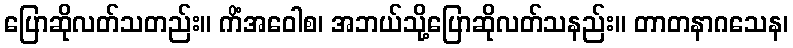
ပြောဆိုလတ်သတည်း။ ကိံအဝေါစ၊ အဘယ်သို့ပြောဆိုလတ်သနည်း။ တာတနာဂသေန၊